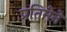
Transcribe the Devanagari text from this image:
प्रतिमेने